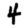
Digit: 4